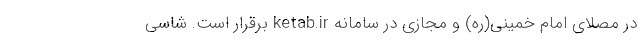
در مصلای امام خمینی(ره) و مجازی در سامانه ketab.ir برقرار است. شاسی